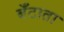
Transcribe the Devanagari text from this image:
बँटाता